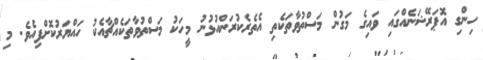
ހިންގި އޮޕަރޭޝަނެއްގައި ވައިގެ މަގުން މަސްތުވާތަކެތި އެތެރެކުރަންއުޅުނު މީހަކު މަސްތުވާތަކެއްޗާއެކު ހައްޔަރުކޮށްފިއެވެ. މި